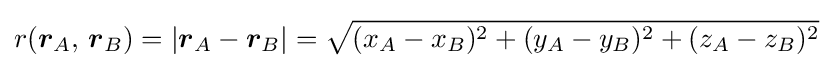
\displaystyle r({\boldsymbol {r}}_{A},\,{\boldsymbol {r}}_{B})=|{\boldsymbol {r}}_{A}-{\boldsymbol {r}}_{B}|={\sqrt {(x_{A}-x_{B})^{2}+(y_{A}-y_{B})^{2}+(z_{A}-z_{B})^{2}}}